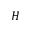
H